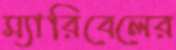
ম্যারিবেলের